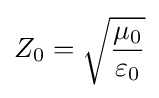
Z_{0}={\sqrt {\frac {\mu _{0}}{\varepsilon _{0}}}}